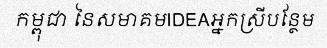
កម្ពុជា នៃសមាគមIDEAអ្នកស្រីបន្ថែម